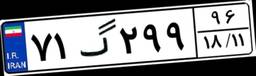
۲۲گ۱۷۸۳۲